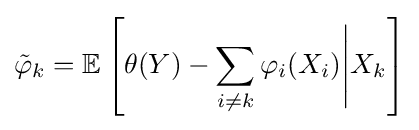
{\tilde {\varphi }}_{k}=\mathbb {E} \left[\theta (Y)-\sum _{i\neq k}\varphi _{i}(X_{i}){\Bigg |}X_{k}\right]